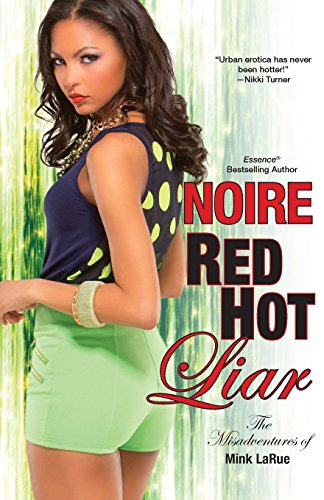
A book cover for Red Hot Liar (Misadventures of Mink LaRue); Noire; Romance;